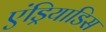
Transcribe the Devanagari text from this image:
एंड्रियाडिस